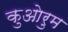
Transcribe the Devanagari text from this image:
कुओरुम